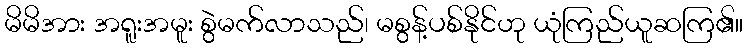
မိမိအား အရူးအမူး စွဲမက်လာသည်၊ မစွန့်ပစ်နိုင်ဟု ယုံကြည်ယူဆကြ၏။